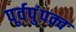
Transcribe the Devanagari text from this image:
पूर्वपुंपक्व